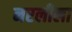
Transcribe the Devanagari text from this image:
नरलीला